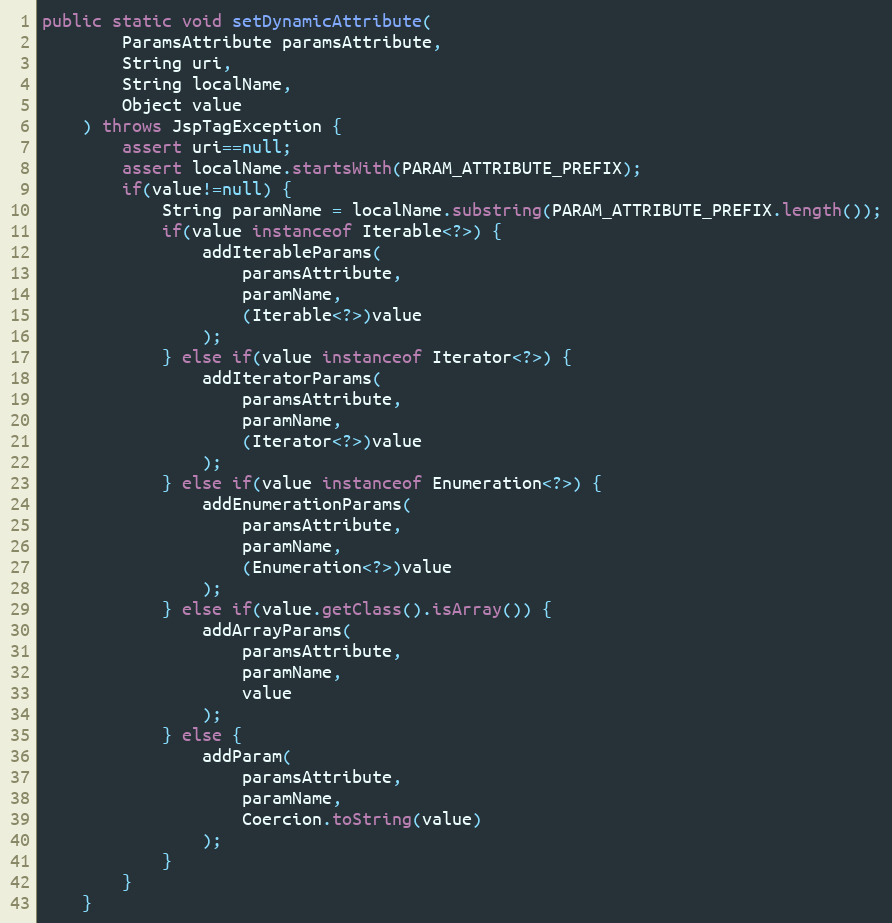
Language: Java
public static void setDynamicAttribute(
		ParamsAttribute paramsAttribute,
		String uri,
		String localName,
		Object value
	) throws JspTagException {
		assert uri==null;
		assert localName.startsWith(PARAM_ATTRIBUTE_PREFIX);
		if(value!=null) {
			String paramName = localName.substring(PARAM_ATTRIBUTE_PREFIX.length());
			if(value instanceof Iterable<?>) {
				addIterableParams(
					paramsAttribute,
					paramName,
					(Iterable<?>)value
				);
			} else if(value instanceof Iterator<?>) {
				addIteratorParams(
					paramsAttribute,
					paramName,
					(Iterator<?>)value
				);
			} else if(value instanceof Enumeration<?>) {
				addEnumerationParams(
					paramsAttribute,
					paramName,
					(Enumeration<?>)value
				);
			} else if(value.getClass().isArray()) {
				addArrayParams(
					paramsAttribute,
					paramName,
					value
				);
			} else {
				addParam(
					paramsAttribute,
					paramName,
					Coercion.toString(value)
				);
			}
		}
	}